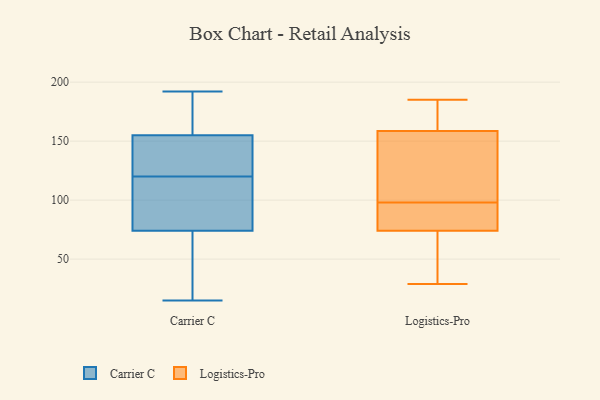
{"axis": {"x": "Waste Production (Tons)", "y": "Value"}, "legend": ["Carrier C", "Logistics-Pro"], "data": [{"x": "", "y": 94, "type": "Carrier C"}, {"x": "", "y": 100, "type": "Carrier C"}, {"x": "", "y": 117, "type": "Carrier C"}, {"x": "", "y": 32, "type": "Carrier C"}, {"x": "", "y": 15, "type": "Carrier C"}, {"x": "", "y": 74, "type": "Carrier C"}, {"x": "", "y": 130, "type": "Carrier C"}, {"x": "", "y": 56, "type": "Carrier C"}, {"x": "", "y": 154, "type": "Carrier C"}, {"x": "", "y": 121, "type": "Carrier C"}, {"x": "", "y": 20, "type": "Carrier C"}, {"x": "", "y": 126, "type": "Carrier C"}, {"x": "", "y": 191, "type": "Carrier C"}, {"x": "", "y": 192, "type": "Carrier C"}, {"x": "", "y": 155, "type": "Carrier C"}, {"x": "", "y": 169, "type": "Carrier C"}, {"x": "", "y": 174, "type": "Carrier C"}, {"x": "", "y": 119, "type": "Carrier C"}, {"x": "", "y": 29, "type": "Logistics-Pro"}, {"x": "", "y": 87, "type": "Logistics-Pro"}, {"x": "", "y": 48, "type": "Logistics-Pro"}, {"x": "", "y": 72, "type": "Logistics-Pro"}, {"x": "", "y": 99, "type": "Logistics-Pro"}, {"x": "", "y": 167, "type": "Logistics-Pro"}, {"x": "", "y": 76, "type": "Logistics-Pro"}, {"x": "", "y": 105, "type": "Logistics-Pro"}, {"x": "", "y": 97, "type": "Logistics-Pro"}, {"x": "", "y": 185, "type": "Logistics-Pro"}, {"x": "", "y": 160, "type": "Logistics-Pro"}, {"x": "", "y": 157, "type": "Logistics-Pro"}]}